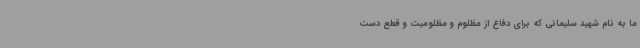
ما به نام شهید سلیمانی که برای دفاع از مظلوم و مظلومیت و قطع دست